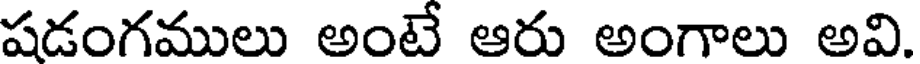
షడంగములు అంటే ఆరు అంగాలు అవి.